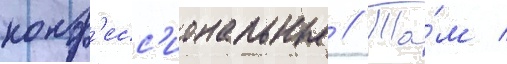
конф'есс'иональные // Та́м /